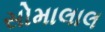
સોમાલાલ